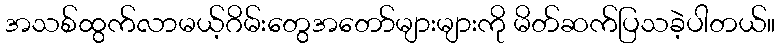
အသစ်ထွက်လာမယ့်ဂိမ်းတွေအတော်များများကို မိတ်ဆက်ပြသခဲ့ပါတယ်။